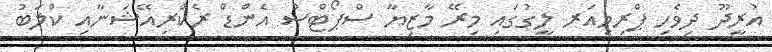
އުރީދޫ ދިވެހި ޕްރިމިއަރ ލީގުގައި މިރޭ މާޒިޔާ ސްޕޯޓްސް އެންޑް ރެކްރިއޭޝަނާއި ކްލަބު